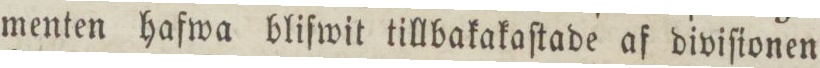
menten hafwa bliſwit tillbakakaſtade af diviſionen